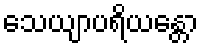
သေယျာပရိယန္တော